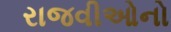
રાજવીઓનો